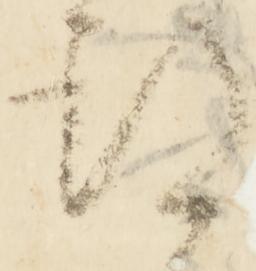
期